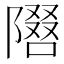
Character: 𫕓